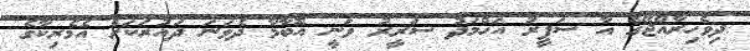
ދިވެހިރާއްޖޭގެ އާ ސަފީރު އަހްމަދު ސަރީރު ވަނީ އޮބާމާ ދެވަނަ ދައުރަކަށް އެމެރިކާގެ